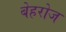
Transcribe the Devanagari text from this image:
बेहरोज